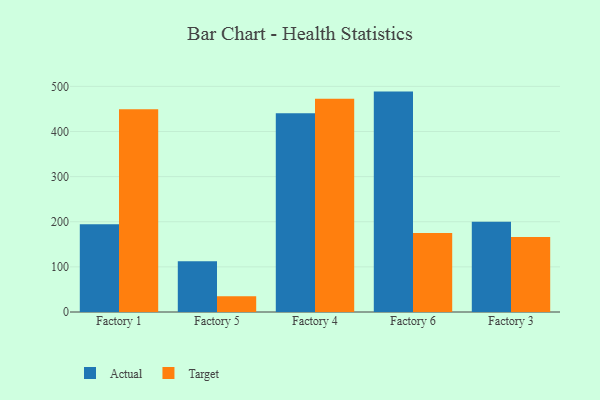
{"axis": {"x": "Factory", "y": "Temperature (°C)"}, "legend": ["Actual", "Target"], "data": [{"x": "Factory 1", "y": 194.7, "type": "Actual"}, {"x": "Factory 1", "y": 449.4, "type": "Target"}, {"x": "Factory 5", "y": 112.7, "type": "Actual"}, {"x": "Factory 5", "y": 35.0, "type": "Target"}, {"x": "Factory 4", "y": 440.4, "type": "Actual"}, {"x": "Factory 4", "y": 472.4, "type": "Target"}, {"x": "Factory 6", "y": 488.4, "type": "Actual"}, {"x": "Factory 6", "y": 175.1, "type": "Target"}, {"x": "Factory 3", "y": 200.0, "type": "Actual"}, {"x": "Factory 3", "y": 166.1, "type": "Target"}]}